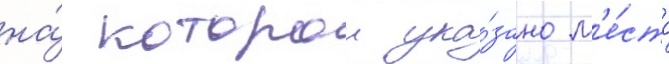
на́ которои ука́зано м'е́сто